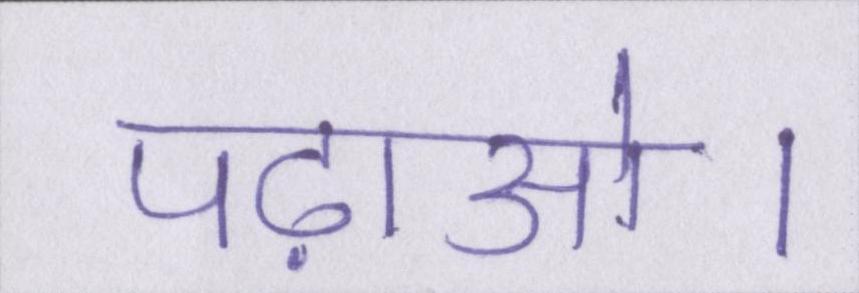
पढ़ाओ।